Leprosy in India: report of the Leprosy Commission in India, 1890-91
Year: 1890
Disease focus: Leprosy
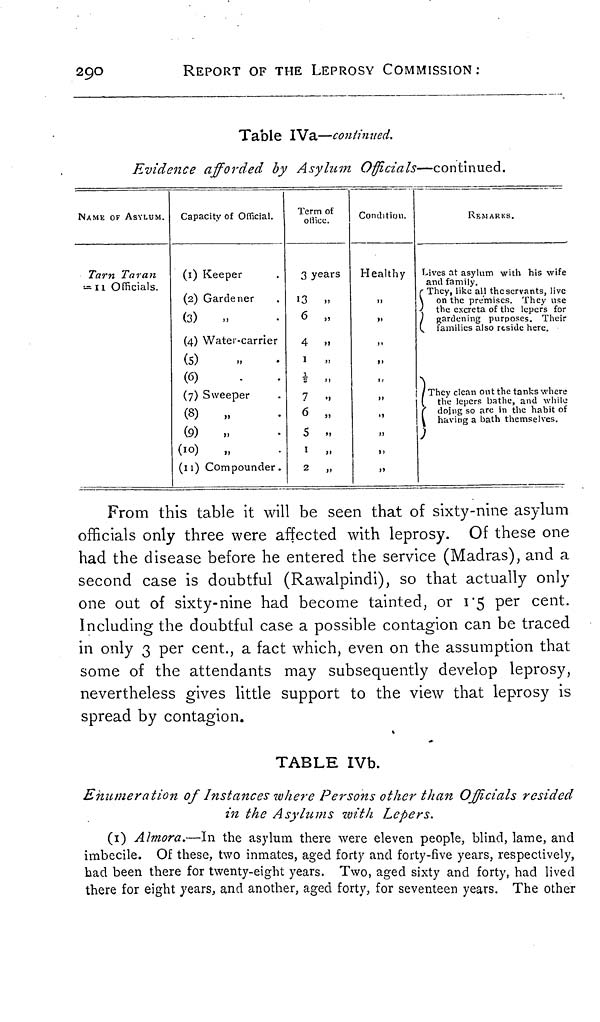
290
REPORT OF THE LEPROSY COMMISSION :
Table IVa—continued.
Evidence afforded by Asylum Officials—continued.
NAME OF ASYLUM.
Tarn Taran
Capacity of Official.
(1) Keeper
(2) Gardener
(3)
,,
(4) Water-carrier
(5)
(6)
(7) Sweeper
(8)
„
(9)
,,
(10)
„
(11) Compounder.
Term of
office.
3 years
13 ,,
6 „
4
,,
1/2 ,,
7 ,,
6 ,,
5 ,,
1
,,
2 „
Condition.
Healthy
,,
,,
„
,,
,,
,,
„
,,
REMARKS.
Lives at asylum with his wife
and family,
They, like all the servants, live
on the premises. They use
the excreta of the lepers for
gardening purposes. Their
families also reside here.
They clean out the tanks where
the lepers bathe, and while
doing so are in the habit of
having a bath themselves.
From this table it will be seen that of sixty-nine asylum
officials only three were affected with leprosy. Of these one
had the disease before he entered the service (Madras), and a
second case is doubtful (Rawalpindi), so that actually only
one out of sixty-nine had become tainted, or 1.5 per cent.
Including the doubtful case a possible contagion can be traced
in only 3 per cent., a fact which, even on the assumption that
some of the attendants may subsequently develop leprosy,
nevertheless gives little support to the view that leprosy is
spread by contagion.
TABLE IVb.
Enumeration of Instances where Persons other than Officials resided
in the Asylums with Lepers.
(1) Almora.—In the asylum there were eleven people, blind, lame, and
imbecile. Of these, two inmates, aged forty and forty-five years, respectively,
had been there for twenty-eight years. Two, aged sixty and forty, had lived
there for eight years, and another, aged forty, for seventeen years. The other